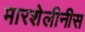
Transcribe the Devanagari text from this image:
मारशेलीनीस